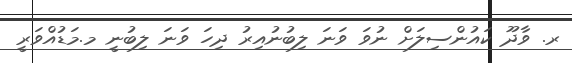
ރ. ވާދޫ ކައުންސިލަށް ނުވަ ވަނަ ލިބުނުއިރު ދިހަ ވަނަ ލިބުނީ މ.މަޑުއްވަރީ